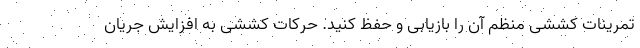
تمرینات کششی منظم آن را بازیابی و حفظ کنید. حرکات کششی به افزایش جریان